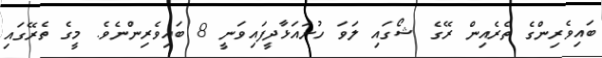
ބައިވެރިންގެ ތެރެއިން ރޭގެ ޝޯގައި ލަވަ ހުށައަޅާދީފައިވަނީ 8 ބައިވެރިންނެވެ. މީގެ ތެރޭގައި